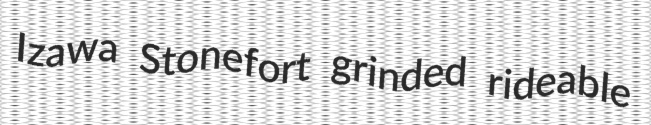
Izawa Stonefort grinded rideable